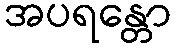
အပရန္တော